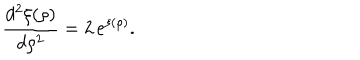
\frac { d ^ { 2 } \xi ( \rho ) } { d \rho ^ { 2 } } = 2 \, e ^ { \xi ( \rho ) } .